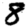
Digit: 8